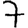
Digit: 7